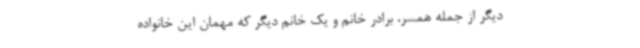
دیگر از جمله همسر، برادر خانم و یک خانم دیگر که مهمان این خانواده